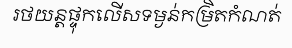
រថយន្តផ្ទុកលើសទម្ងន់កម្រិតកំណត់